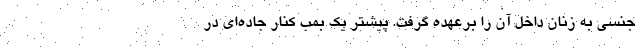
جنسی به زنان داخل آن را برعهده گرفت. پیشتر یک بمب کنار جاده‌ای در